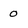
Character: 0